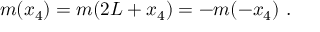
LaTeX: m ( x _ { 4 } ) = m ( 2 L + x _ { 4 } ) = - m ( - x _ { 4 } ) \ .